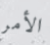
الأمر